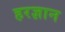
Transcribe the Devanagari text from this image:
हरज्ञान